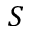
S